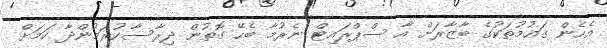
އެހެން ގައުމުތަކުގެ ބާޒާރަށް އާ ސްޕްރައިޓް ނެރުމާ ބެހޭ ގޮތުން ދިރާސާކުރަމުންދާ ކަމަށް